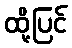
ထို့ပြင်